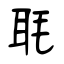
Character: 毦